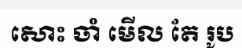
សោះ ចាំ មើល តែ រូប